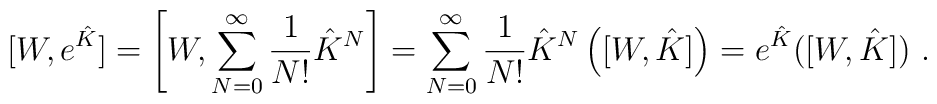
[W,e^{\hat{K}}]=\left[W,\sum_{N=0}^{\infty}\frac{1}{N!}\hat{K}^N\right]=\sum_{N=0}^{\infty}\frac{1}{N!}\hat{K}^N\left([W,\hat{K}]\right)=e^{\hat{K}}([W,\hat{K}]) \ .